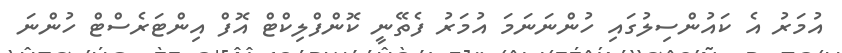
އުމަރު އެ ކައުންސިލުގައި ހުންނަނަމަ އުމަރު ފެތޭނީ ކޮންފްލިކްޓް އޮފް އިންޓަރެސްޓް ހުންނަ